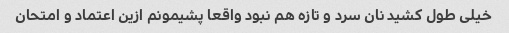
خیلی طول کشید نان سرد و تازه هم نبود واقعا پشیمونم ازین اعتماد و امتحان